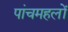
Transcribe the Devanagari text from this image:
पांचमहलों